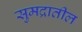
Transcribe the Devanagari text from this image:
सुमद्रातील